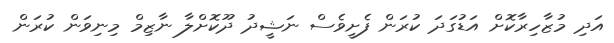
އަދި މުޒާހިރާކޮށް އަޑުގަދަ ކުރަން ފެށީވެސް ނަޝީދު ދޫކޮށްލާ ނާޒިމް މިނިވަން ކުރަން